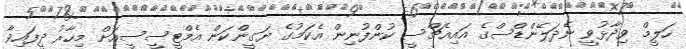
ހަލީމް ވިދާޅުވީ ނެދަލޭންޑްސްގެ އައިއެޗްސީ ކުންފުނިން އެކަމުގެ ޔަގީންކަން އެމްޓީސީސީއަށް މިހާރު ދީފައިވާ